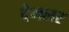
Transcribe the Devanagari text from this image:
दैमलर